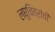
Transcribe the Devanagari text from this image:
लघुचित्रांची